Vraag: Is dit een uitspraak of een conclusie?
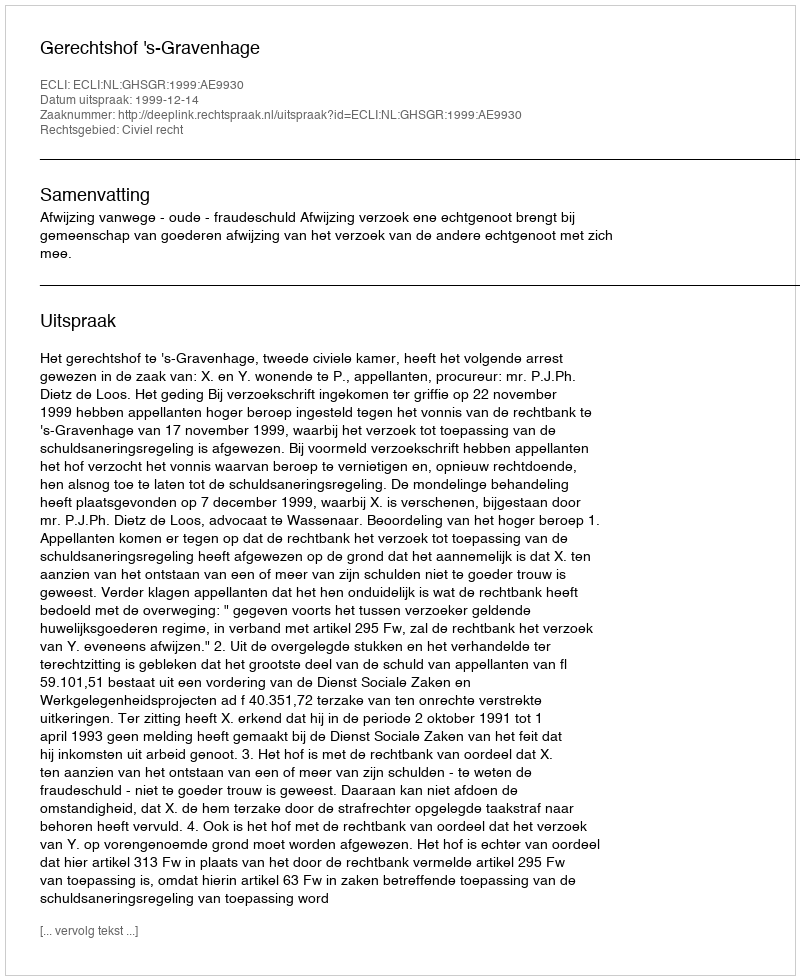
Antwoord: Uitspraak